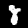
Label: 8